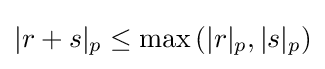
|r+s|_{p}\leq \max \left(|r|_{p},|s|_{p}\right)